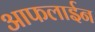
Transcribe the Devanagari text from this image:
आफलाईन